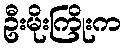
ဦးမိုးကြိုးက